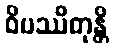
ဝိပဿိတုန္တိ